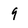
Character: 9